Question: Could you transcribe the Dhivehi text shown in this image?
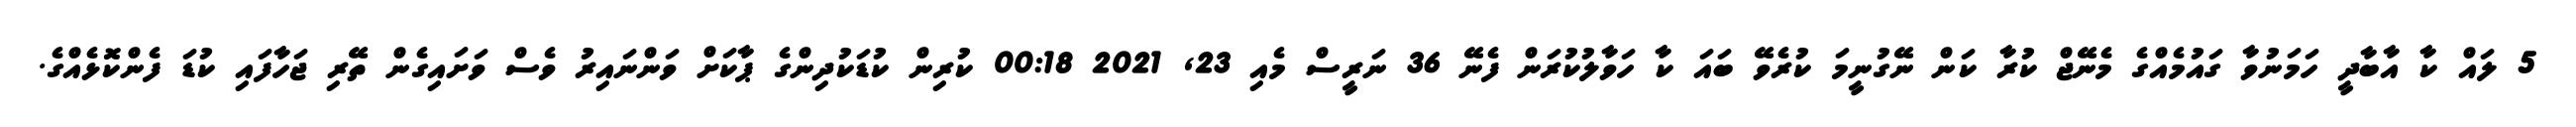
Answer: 5 ލައް ކާ އާބާދީ ހަމަނުވާ ގައުމެއްގެ މެނޭޖް ކުރާ ކަން ނޭގުނީމަ ކުރެވޭ ބައަ ކާ ހަވާލުކުރަން ފެނޭ 36 ނަރީސް މެއި 23, 2021 00:18 ކުރިން ކުޑަކުދިންގެ ޕާކަށް ވަންނައިރު ވެސް ވަށައިގެން ތޭރި ޖަހާފައި ކުޑަ ފެންކޮޅެއްގެ.